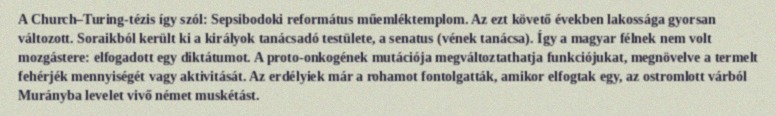
A Church–Turing-tézis így szól: Sepsibodoki református műemléktemplom. Az ezt követő években lakossága gyorsan változott. Soraikból került ki a királyok tanácsadó testülete, a senatus (vének tanácsa). Így a magyar félnek nem volt mozgástere: elfogadott egy diktátumot. A proto-onkogének mutációja megváltoztathatja funkciójukat, megnövelve a termelt fehérjék mennyiségét vagy aktivitását. Az erdélyiek már a rohamot fontolgatták, amikor elfogtak egy, az ostromlott várból Murányba levelet vivő német muskétást.